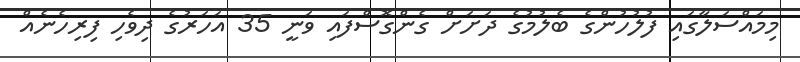
މިމައްސަލާގައި ފުލުހުންގެ ބެލުމުގެ ދަށަށް ގެންގޮސްފައި ވަނީ 35 އަހަރުގެ ދިވެހި ފިރިހެނެއް